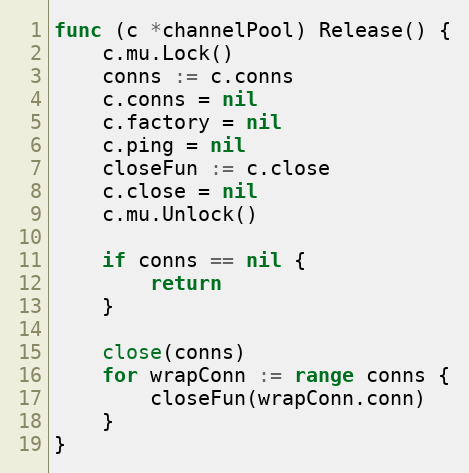
Language: Go
func (c *channelPool) Release() {
	c.mu.Lock()
	conns := c.conns
	c.conns = nil
	c.factory = nil
	c.ping = nil
	closeFun := c.close
	c.close = nil
	c.mu.Unlock()

	if conns == nil {
		return
	}

	close(conns)
	for wrapConn := range conns {
		closeFun(wrapConn.conn)
	}
}